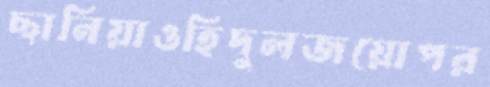
ছানিয়াওহিদুলজয়োপর